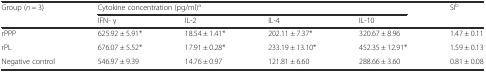
<table><thead><tr><td rowspan="2"><b>Group (<i>n</i> = 3)</b></td><td colspan="4"><b>Cytokine concentration (pg/ml)<sup>a</sup></b></td><td rowspan="2"><b>SI<sup>b</sup></b></td></tr><tr><td><b>IFN- γ</b></td><td><b>IL-2</b></td><td><b>IL-4</b></td><td><b>IL-10</b></td></tr></thead><tbody><tr><td>rPPP</td><td>625.92 ± 5.91*</td><td>18.54 ± 1.41*</td><td>202.11 ± 7.37*</td><td>320.67 ± 8.96</td><td>1.47 ± 0.11</td></tr><tr><td>rPL</td><td>676.07 ± 5.52*</td><td>17.91 ± 0.28*</td><td>233.19 ± 13.10*</td><td>452.35 ± 12.91*</td><td>1.59 ± 0.13</td></tr><tr><td>Negative control</td><td>546.97 ± 9.39</td><td>14.76 ± 0.97</td><td>121.81 ± 6.60</td><td>288.66 ± 3.60</td><td>0.81 ± 0.08</td></tr></tbody></table>